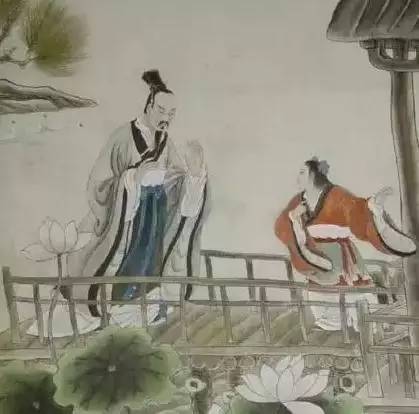
故君子力事日强，愿欲日逾，设壮日盛。